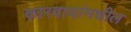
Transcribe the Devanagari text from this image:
कारवायांमधील